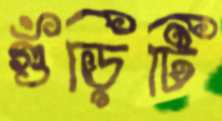
গুঁড়িটি